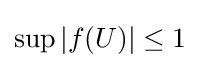
{\textstyle \sup |f(U)|\leq 1}